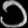
Digit: ၁